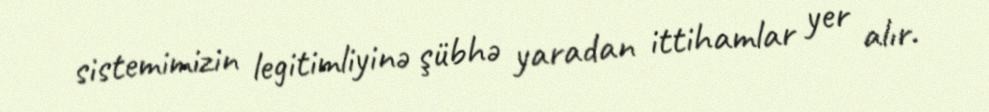
sistemimizin legitimliyinə şübhə yaradan ittihamlar yer alır.